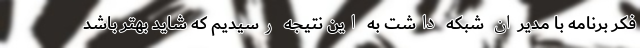
فکر برنامه با مدیران شبکه داشت به این نتیجه رسیدیم که شاید بهتر باشد